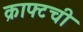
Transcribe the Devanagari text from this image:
क्राफ्टची